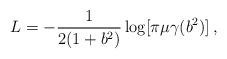
\begin{align*}L = -\frac{1}{2(1+b^2)}\log[\pi\mu\gamma(b^2)]\,,\end{align*}